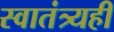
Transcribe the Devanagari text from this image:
स्वातंत्र्यही